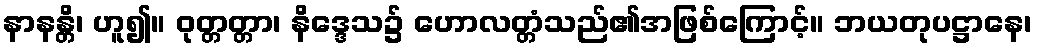
နာနန္တိ၊ ဟူ၍။ ဝုတ္တတ္တာ၊ နိဒ္ဒေသ၌ ဟောလတ္တံသည်၏အဖြစ်ကြောင့်။ ဘယတုပဋ္ဌာနေ၊